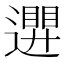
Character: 𮟒